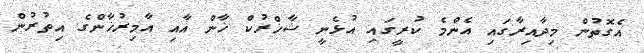
އެގޮތުން މިދާއިރާގައި އެންމެ ކުރީގައި އުޅެނީ ޝާޚްރުކް ޚާން އާއި އާމިރުޚާންގެ އިތުރުން